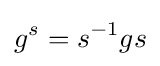
g^{s}=s^{-1}gs